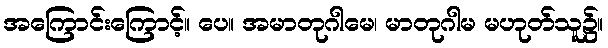
အကြောင်းကြောင့်။ ပေ။ အမာတုဂါမေ၊ မာတုဂါမ မဟုတ်သူ၌။